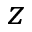
z